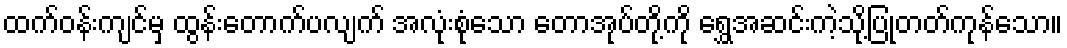
ထက်ဝန်းကျင်မှ ထွန်းတောက်ပလျက် အလုံးစုံသော တောအုပ်တို့ကို ရွှေအဆင်းကဲ့သို့ပြုတတ်ကုန်သော။